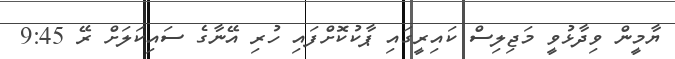
ޔާމީން ވިދާޅުވީ މަޖިލިސް ކައިރީގައި ޕާކުކޮށްފައި ހުރި އޭނާގެ ސައިކަލަށް ރޭ 9:45